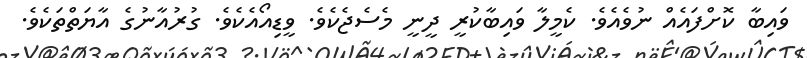
ވައިބާ ކޮށްފައެއް ނުވެއެވެ. ކެމީލާ ވައިބާކުރީ ދީނީ މެސެޖެކެވެ. ވީޑިއޯއެކެވެ. ގުރުއާނުގެ އާޔަތްތަކެވެ.